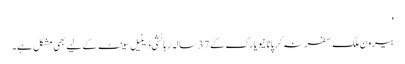
'
بیرون ملک سفر نہ کر پانا نیویارک کے 37 سالہ رہائشی ڈینیل سینٹ کے لیے بھی مشکل ہے۔